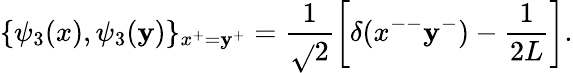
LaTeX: \{ \psi_{3}(x),\psi_{3}(\mathbf{y})\} _{x^{+}=\mathbf{y}^{+}}=\frac{{1}}{{\sqrt{}{2}}}\left[\delta(x^{--}\mathbf{y}^{-})-\frac{{1}}{{2L}}\right].